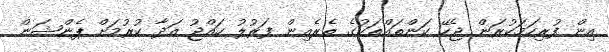
އިން ފުރިހަމަކުރަން ޖެހޭ ކަންތައްތަކުގެ ތެރެއިން ފަރުލު ހައްޖު އަދާ ކުރުމަށް ޕެންޝަން